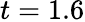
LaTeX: t=1.6